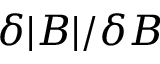
\delta | B | / \delta B